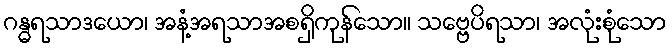
ဂန္ဓရသာဒယော၊ အနံ့အရသာအစရှိကုန်သော။ သဗ္ဗေပိရသာ၊ အလုံးစုံသော